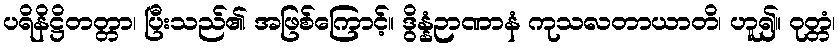
ပရိနိဋ္ဌိတတ္တာ၊ ပြီးသည်၏ အဖြစ်ကြောင့်။ ဒွိန္နံဉာဏာနံ ကုသလတာယာတိ၊ ဟူ၍။ ဝုတ္တံ၊